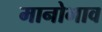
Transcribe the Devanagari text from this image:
मानोभाव